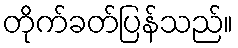
တိုက်ခတ်ပြန်သည်။